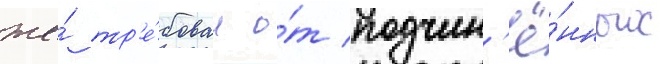
же́ тр'е́бовал о́т подчин'ё́нных